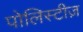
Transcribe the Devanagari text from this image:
पोलिस्टीज़